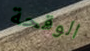
الوقحة